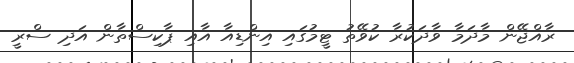
ރާއްޖޭން މާދަމާ ވާދަކުރާ ކުވޭތު ޓީމުގައި އިންޑިއާ އާއި ޕާކިސްތާން އަދި ސްރީ